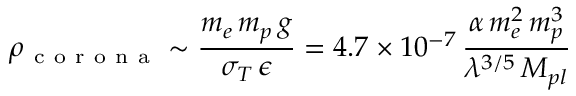
\rho _ { \mathrm { ~ c ~ o ~ r ~ o ~ n ~ a ~ } } \sim \frac { m _ { e } \, m _ { p } \, g } { \sigma _ { T } \, \epsilon } = 4 . 7 \times 1 0 ^ { - 7 } \, \frac { \alpha \, m _ { e } ^ { 2 } \, m _ { p } ^ { 3 } } { \lambda ^ { 3 / 5 } \, M _ { p l } }